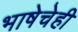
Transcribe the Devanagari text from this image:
भाषेचेही